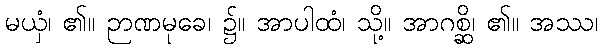
မယှံ၊ ၏။ ဉာဏမုခေ၊ ၌။ အာပါထံ၊ သို့။ အာဂစ္ဆိ၊ ၏။ အဿ၊